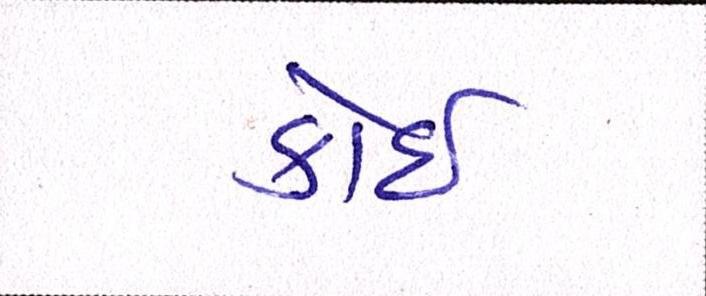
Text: કોઈ